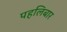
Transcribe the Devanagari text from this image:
पहलिबार